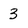
Character: 3